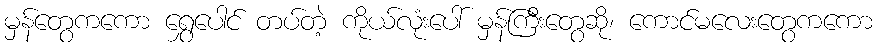
မှန်တွေကကော ရွှေပေါင် တပ်တဲ့ ကိုယ်လုံးပေါ် မှန်ကြီးတွေဆို၊ ကောင်မလေးတွေကကော